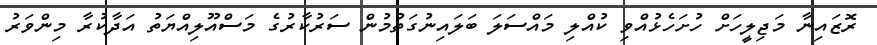
ރޮޒައިނާ މަޖިލީހަށް ހުށަހެޅުއްވި ކުއްލި މައްސަލަ ބަލައިނުގަތުމުން ސަރުކާރުގެ މަސްއޫލިއްޔަތު އަދާކުރާ މިންވަރު